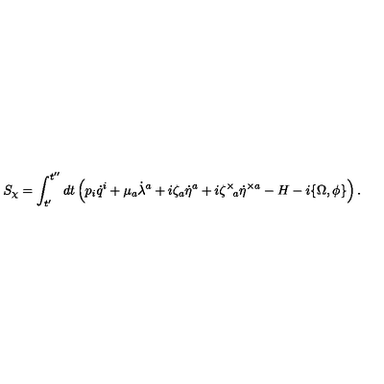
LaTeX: S _ { \chi } = \int _ { t ^ { \prime } } ^ { t ^ { \prime \prime } } d t \left( p _ { i } \dot { q } ^ { i } + \mu _ { a } \dot { \lambda } ^ { a } + i \zeta _ { a } \dot { \eta } ^ { a } + i \zeta ^ { \times } { \! } _ { a } \dot { \eta } ^ { \times a } - H - i \{ \Omega , \phi \} \right) .